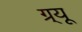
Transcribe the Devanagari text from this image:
ग्र्यू